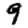
Digit: 9